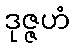
ဒုဇ္ဇဟံ